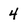
Character: 4